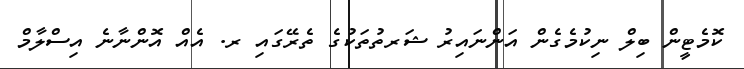
ކޮމެޓީން ބިލް ނިކުމެގެން އަންނައިރު ޝަރތުތަކުގެ ތެރޭގައި ރ. އެއް އޮންނާނެ އިސްލާމް